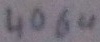
Text: 4069